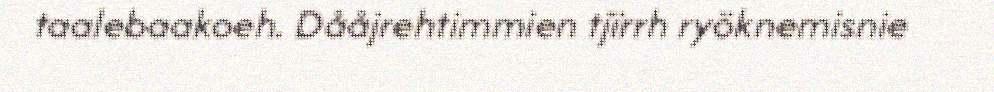
taalebaakoeh. Dååjrehtimmien tjïrrh ryöknemisnie